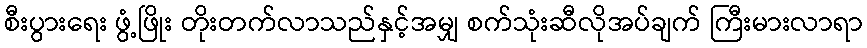
စီးပွားရေး ဖွံ့ဖြိုး တိုးတက်လာသည်နှင့်အမျှ စက်သုံးဆီလိုအပ်ချက် ကြီးမားလာရာ